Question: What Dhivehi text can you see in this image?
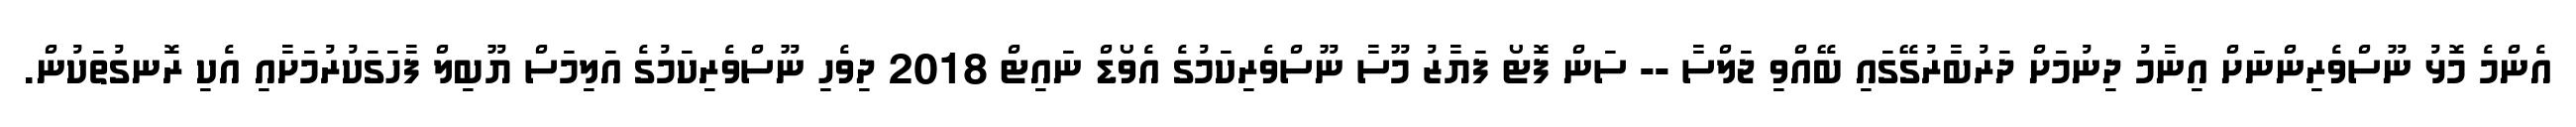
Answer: އެންމެ މޮޅު ނޫސްވެރިންނަށް އިނާމު ދިނުމަށް ދަރުބާރުގޭގައި ބޭއްވި ޖަލްސާ -- ސަން ފޮޓޯ ފަޔާޒު މޫސާ ނޫސްވެރިކަމުގެ އެވޯޑް ނައިޓް 2018 ދިވެހި ނޫސްވެރިކަމުގެ އަލިމަސް ޔޫބިލް ފާހަގަކުރުމަށާއި އެކި ރޮނގުތަކުން.